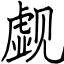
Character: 觑